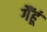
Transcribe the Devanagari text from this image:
गैंहूं